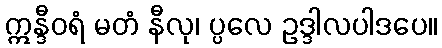
ဣန္ဒီဝရံ မတံ နီလု၊ ပ္ပလေ ဥဒ္ဒါလပါဒပေ။